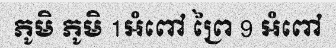
ភូមិ ភូមិ 1អំពៅ ព្រៃ 9 អំពៅ